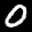
Label: 0